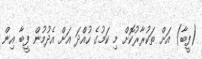
(ފީބާ) އަށް ތަކުރާރުކޮށް މި ކަމުގެ ހުއްދަ އަށް އެދުމުން ފީބާ އިން